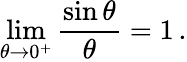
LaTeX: \operatorname*{lim}_{\theta\to 0^{+}}{\frac{\sin\theta}{\theta}}=1\, .